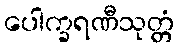
ပေါက္ခရဏီသုတ္တံ